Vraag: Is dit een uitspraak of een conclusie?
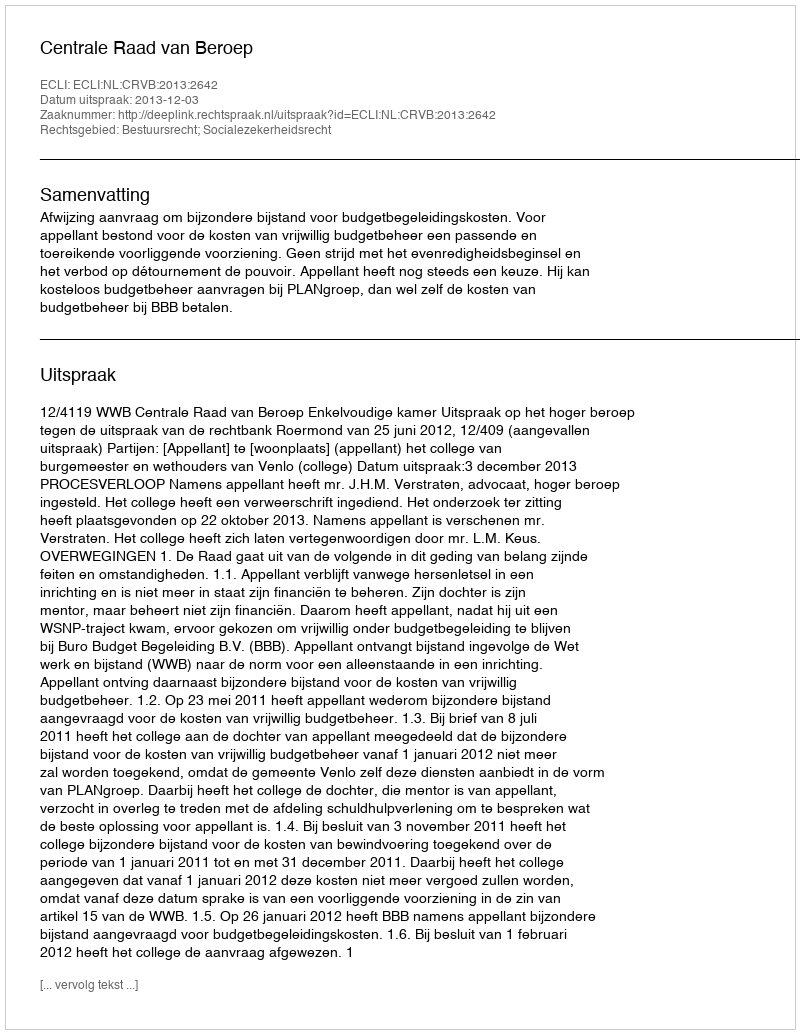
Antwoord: Uitspraak